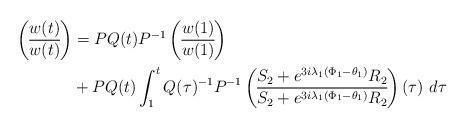
LaTeX: \begin{align*}\begin{pmatrix}w(t) \\\overline{w(t)}\end{pmatrix}& = P Q(t) P^{-1}\begin{pmatrix}w(1) \\\overline{w(1)}\end{pmatrix} \\& + P Q(t)\int^t_1 Q(\tau)^{-1}P^{-1} \begin{pmatrix}S_2 + e^{3i\lambda_1 (\Phi_1-\theta_1)} R_2 \\\overline{S_2 + e^{3i\lambda_1 (\Phi_1-\theta_1)} R_2 }\end{pmatrix}(\tau)\ d \tau \end{align*}